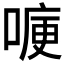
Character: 𭉶